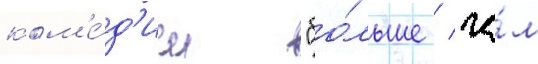
ком'е́д'ии "бо́льше / че́м